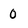
Character: 0